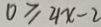
0 \geq 2 1 x - 2